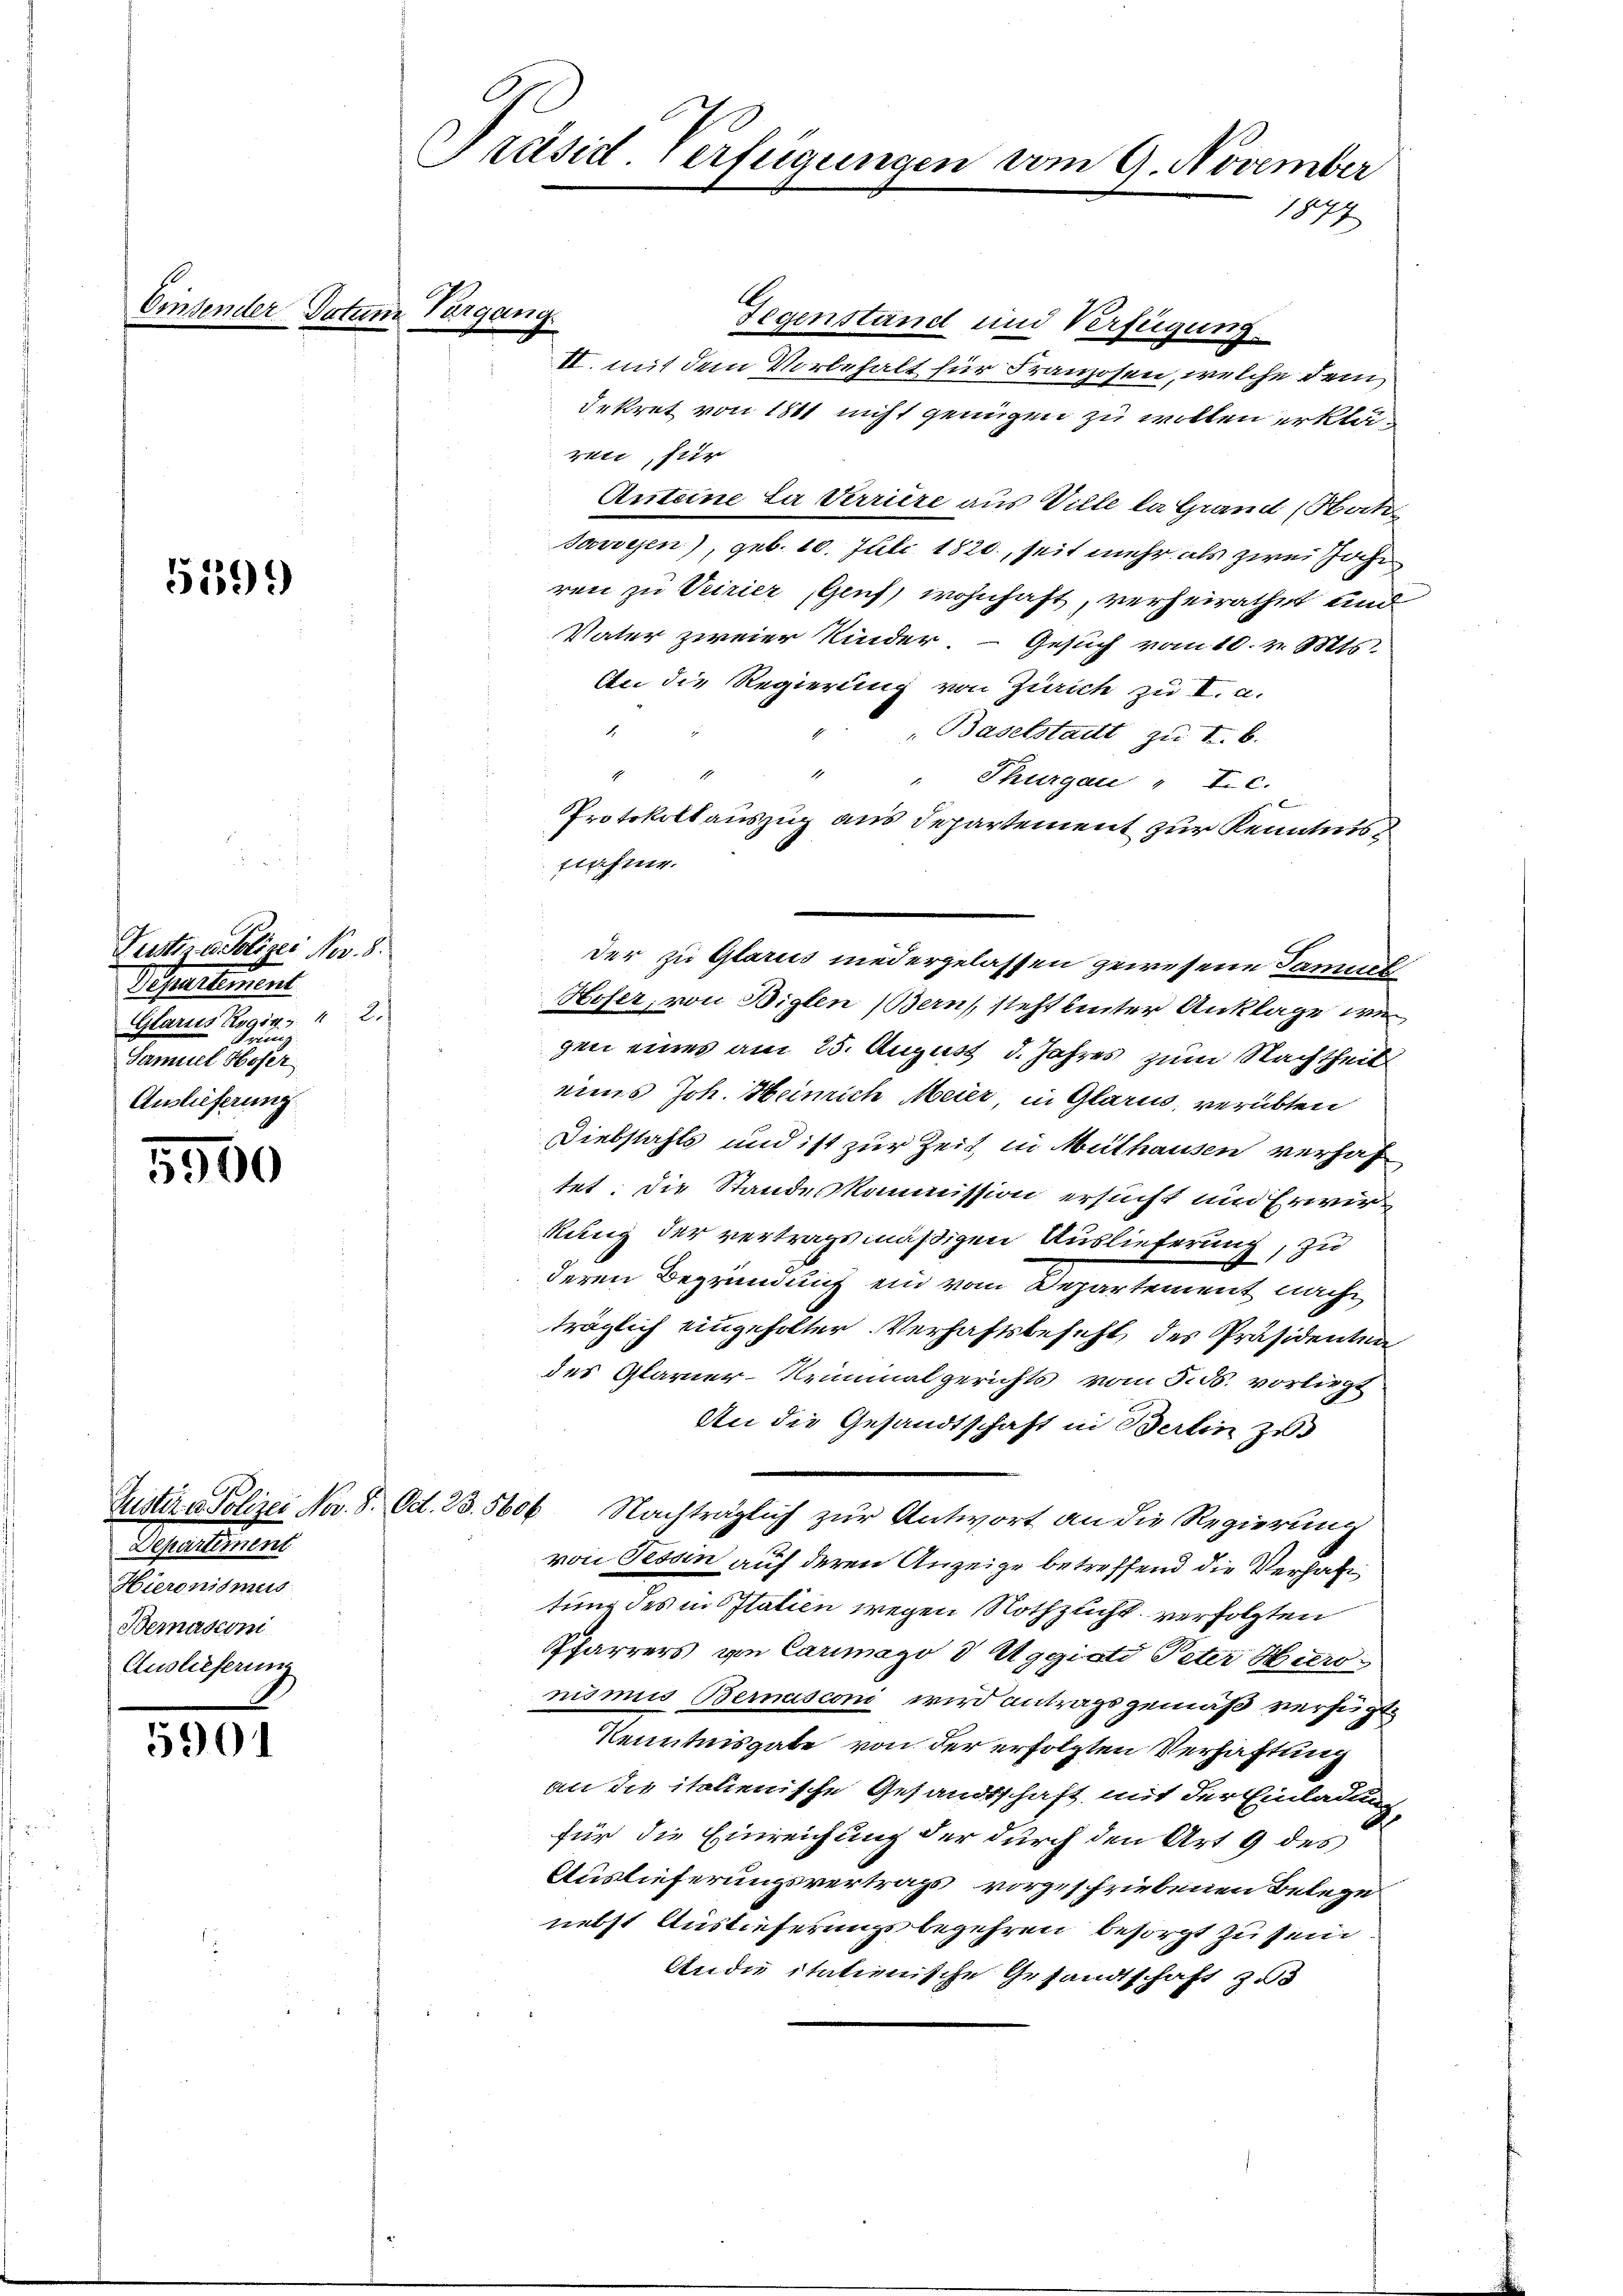
Ommerleg

559.

1
Pustere Polizei Nov. 8.
Departement
Glarus Roginz.  2.
Gring
Samuel Hofer
Auslieferung

5900

5901

Departement
Hieronismus
Bernasconi
Auslieferung

Präsid. Verfügungen vom 9. November
1847

Datum Vergang

Gegenstand und Verfügung.
II. mit dem Vorbehalt für Franzosen, welche dem
dekret von 1811 nicht genügen zu wollen erklärii, für
Anteine La Verriere aus Ville la Grand (Sat
Jawesen), geb. 10. Juli 1820., seit mehr als zwei Jahr
ren zu Veirier, Genf, wohnhaft, verheirathet und
Vater zweier Kinder. - Gesuch vom 10. v. Mts.
An die Regierung von Zürich zu I. a.
Baselstadt zu I. b.

Hofer, von Biglen (Bern, steht hinter Anklage wie
gen eines am 25. August d. Jahres zum Nachtheil
eines Joh. Heinrich Meier, in Glarus, verübten
Diebstahls und ist zur Zeit in Mithausen verhaf
tet. Die Standeskommission ersucht und Erwir
kung der vertragsmäßigen Auslieferung, zu
deren Begründung ein vom Departement nach
träglich eingeholter. Verhaftsbeseht, des Präsidenten
des Glarner-Kriminalgerichts vom 5. ds. vorliegt
An die Gesandtschaft in Bertin zu
Justiz- Polizei Nov. 8. Od. 23. 5600 Nachträglich zur Antwort an die Regierung
von Tessin auf deren Anzeige betreffend die Verhal
tung des in Italien wegen Nothzucht verfolgten
Pfarrers von Carimago d Aggiati Peter Hiero
nismus Bernasconi wird antragsgemäß verfügte
Kenntnisgabe von der erfolgten Verhaftung
an die italienische Gesandtschaft mit der Einladung
für die Einreichung der durch den Art. 9 des
Auslieferungsvertrags vorgeschriebenen Belege
nebst Auslieferungsbegehren besorgt zu sein
An die itationische Gesandtschaft zu

Thurgau, I. c.
Protokollauszug aus Departement zur Kenntnis
ftafner.
der zu Glarus niedergelassen gewesene Samuel